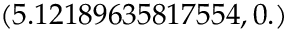
( 5 . 1 2 1 8 9 6 3 5 8 1 7 5 5 4 , 0 . )